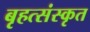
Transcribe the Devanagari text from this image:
बृहत्संस्कृत